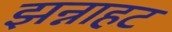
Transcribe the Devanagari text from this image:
झन्नाहट